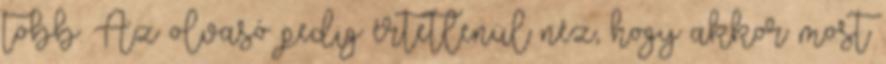
több. Az olvasó pedig értetlenül néz, hogy akkor most